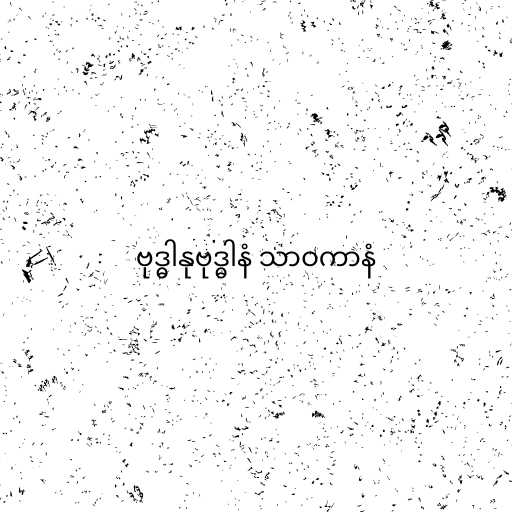
ဗုဒ္ဓါနုဗုဒ္ဓါနံ သာဝကာနံ